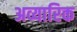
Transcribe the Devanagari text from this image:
अव्यारिक